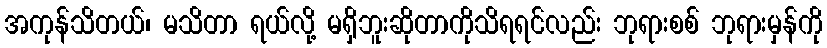
အကုန်သိတယ်၊ မသိတာ ရယ်လို့ မရှိဘူးဆိုတာကိုသိရရင်လည်း ဘုရားစစ် ဘုရားမှန်ကို